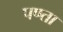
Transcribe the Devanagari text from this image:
पण्ता